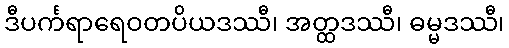
ဒီပင်္ကရာရေဝတပိယဒဿီ၊ အတ္ထဒဿီ၊ ဓမ္မဒဿီ၊